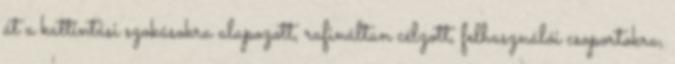
át a kattintási szokásokra alapozott, rafináltan célzott, felhasználói csoportokra,